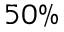
5 0 \%